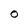
Character: O